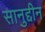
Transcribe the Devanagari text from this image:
सानुद्दीन